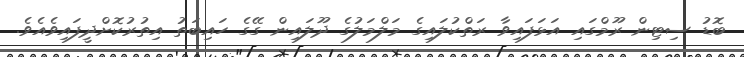
ބޮޑު ސިޓިން ރޫމްގައި އަޅަފައިވާ ރަތްކުލައިގެ މަލްމަލުގެ ދޫލައިން ގޭގެ ހައިބަތު އިތުރުކޮށްދީފައިވެއެވެ.